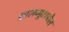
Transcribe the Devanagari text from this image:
सालब्यूटामोल